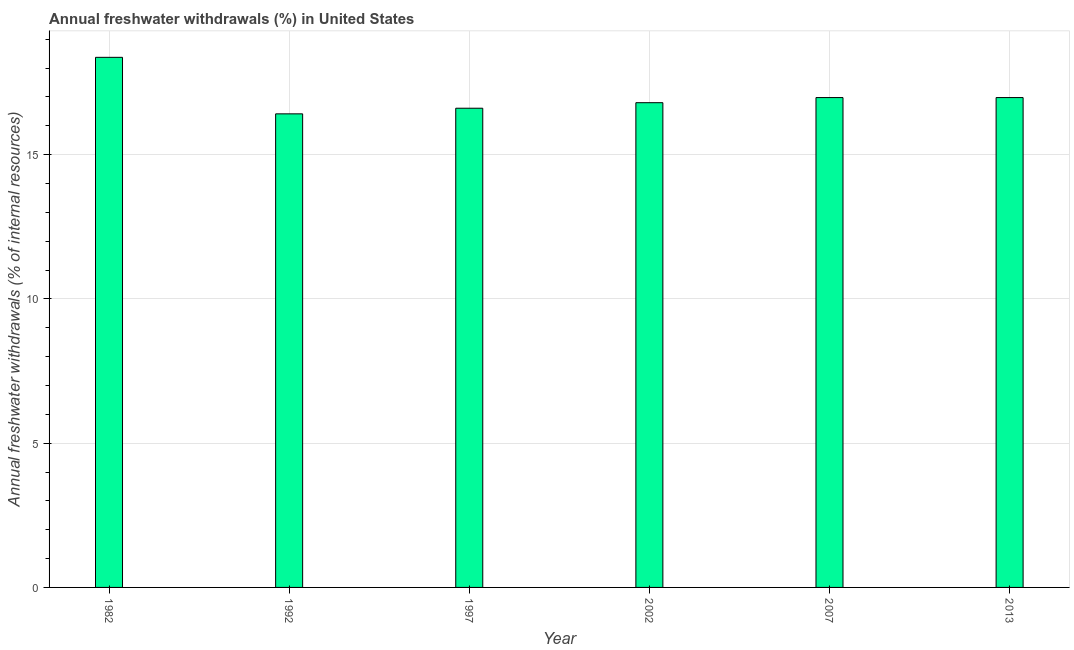
| Year | Annual freshwater withdrawals |
 | --- | --- |
 | 1982 | 18.4 |
 | 1992 | 16.4 |
 | 1997 | 16.6 |
 | 2002 | 16.8 |
 | 2007 | 17 |
 | 2013 | 17 |